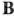
B